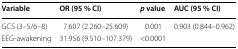
| Variable | OR (95 % CI) | p value | AUC (95 % CI) |
 | --- | --- | --- | --- |
 | GCS (3–5/6–8) | 7.607 (2.260–25.609) | 0.001 | <ROWSPAN=2> 0.903 (0.844–0.962) |
 | EEG-awakening | 31.956 (9.510–107.379) | <0.0001 |